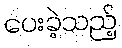
ပေးခဲ့သည့်